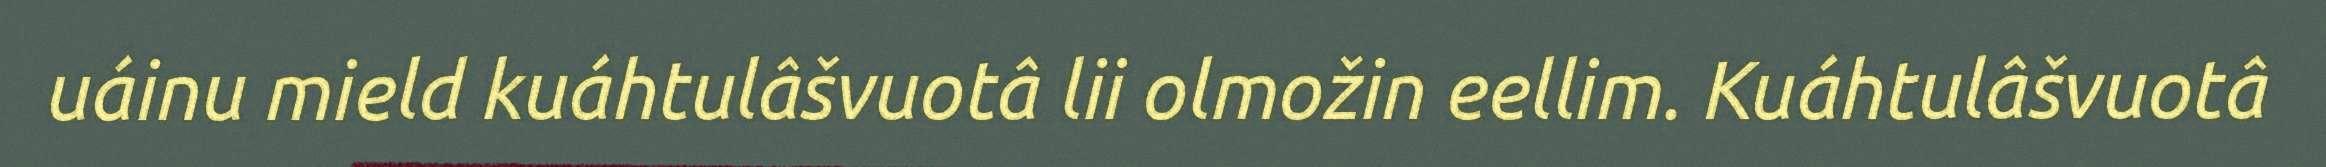
uáinu mield kuáhtulâšvuotâ lii olmožin eellim. Kuáhtulâšvuotâ